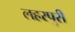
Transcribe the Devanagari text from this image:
लहरपुरी